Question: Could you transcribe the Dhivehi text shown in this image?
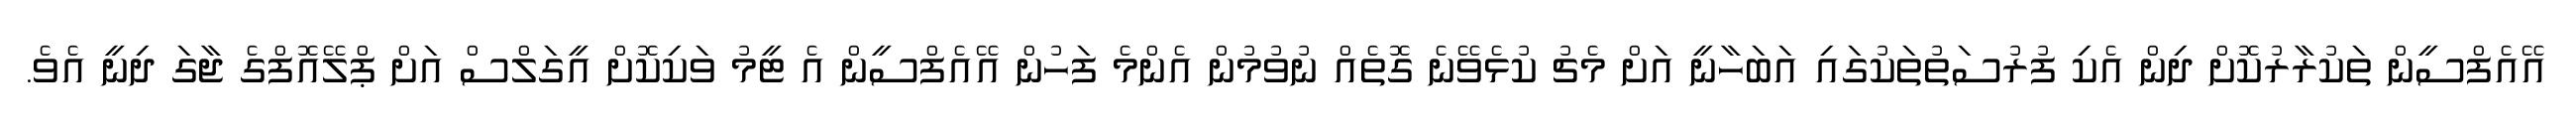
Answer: އޭއެފްސީން ތަކުރާރުކޮށް ދިން އެކި ފުރުސަތުތަކުގައި އަބަހާނީ އަށް މެޗު ކުޅެވޭނެ ގޮތެއް ނުވުމުން އެންމެ ފަހުން އޭއެފްސީން އެ ޓީމު ވަކިކޮށް އީގަލްސް އަށް ޕްލޭއޮފްގެ ޖާގަ ދިނީ އެވެ.